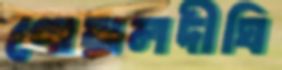
গোয়ালদীঘি